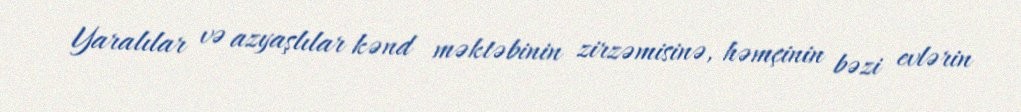
Yaralılar və azyaşlılar kənd məktəbinin zirzəmisinə, həmçinin bəzi evlərin